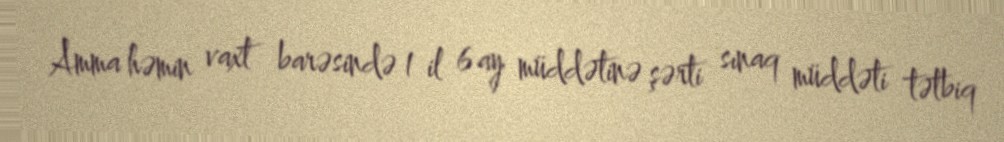
Amma həmin vaxt barəsində 1 il 6 ay müddətinə şərti sınaq müddəti tətbiq